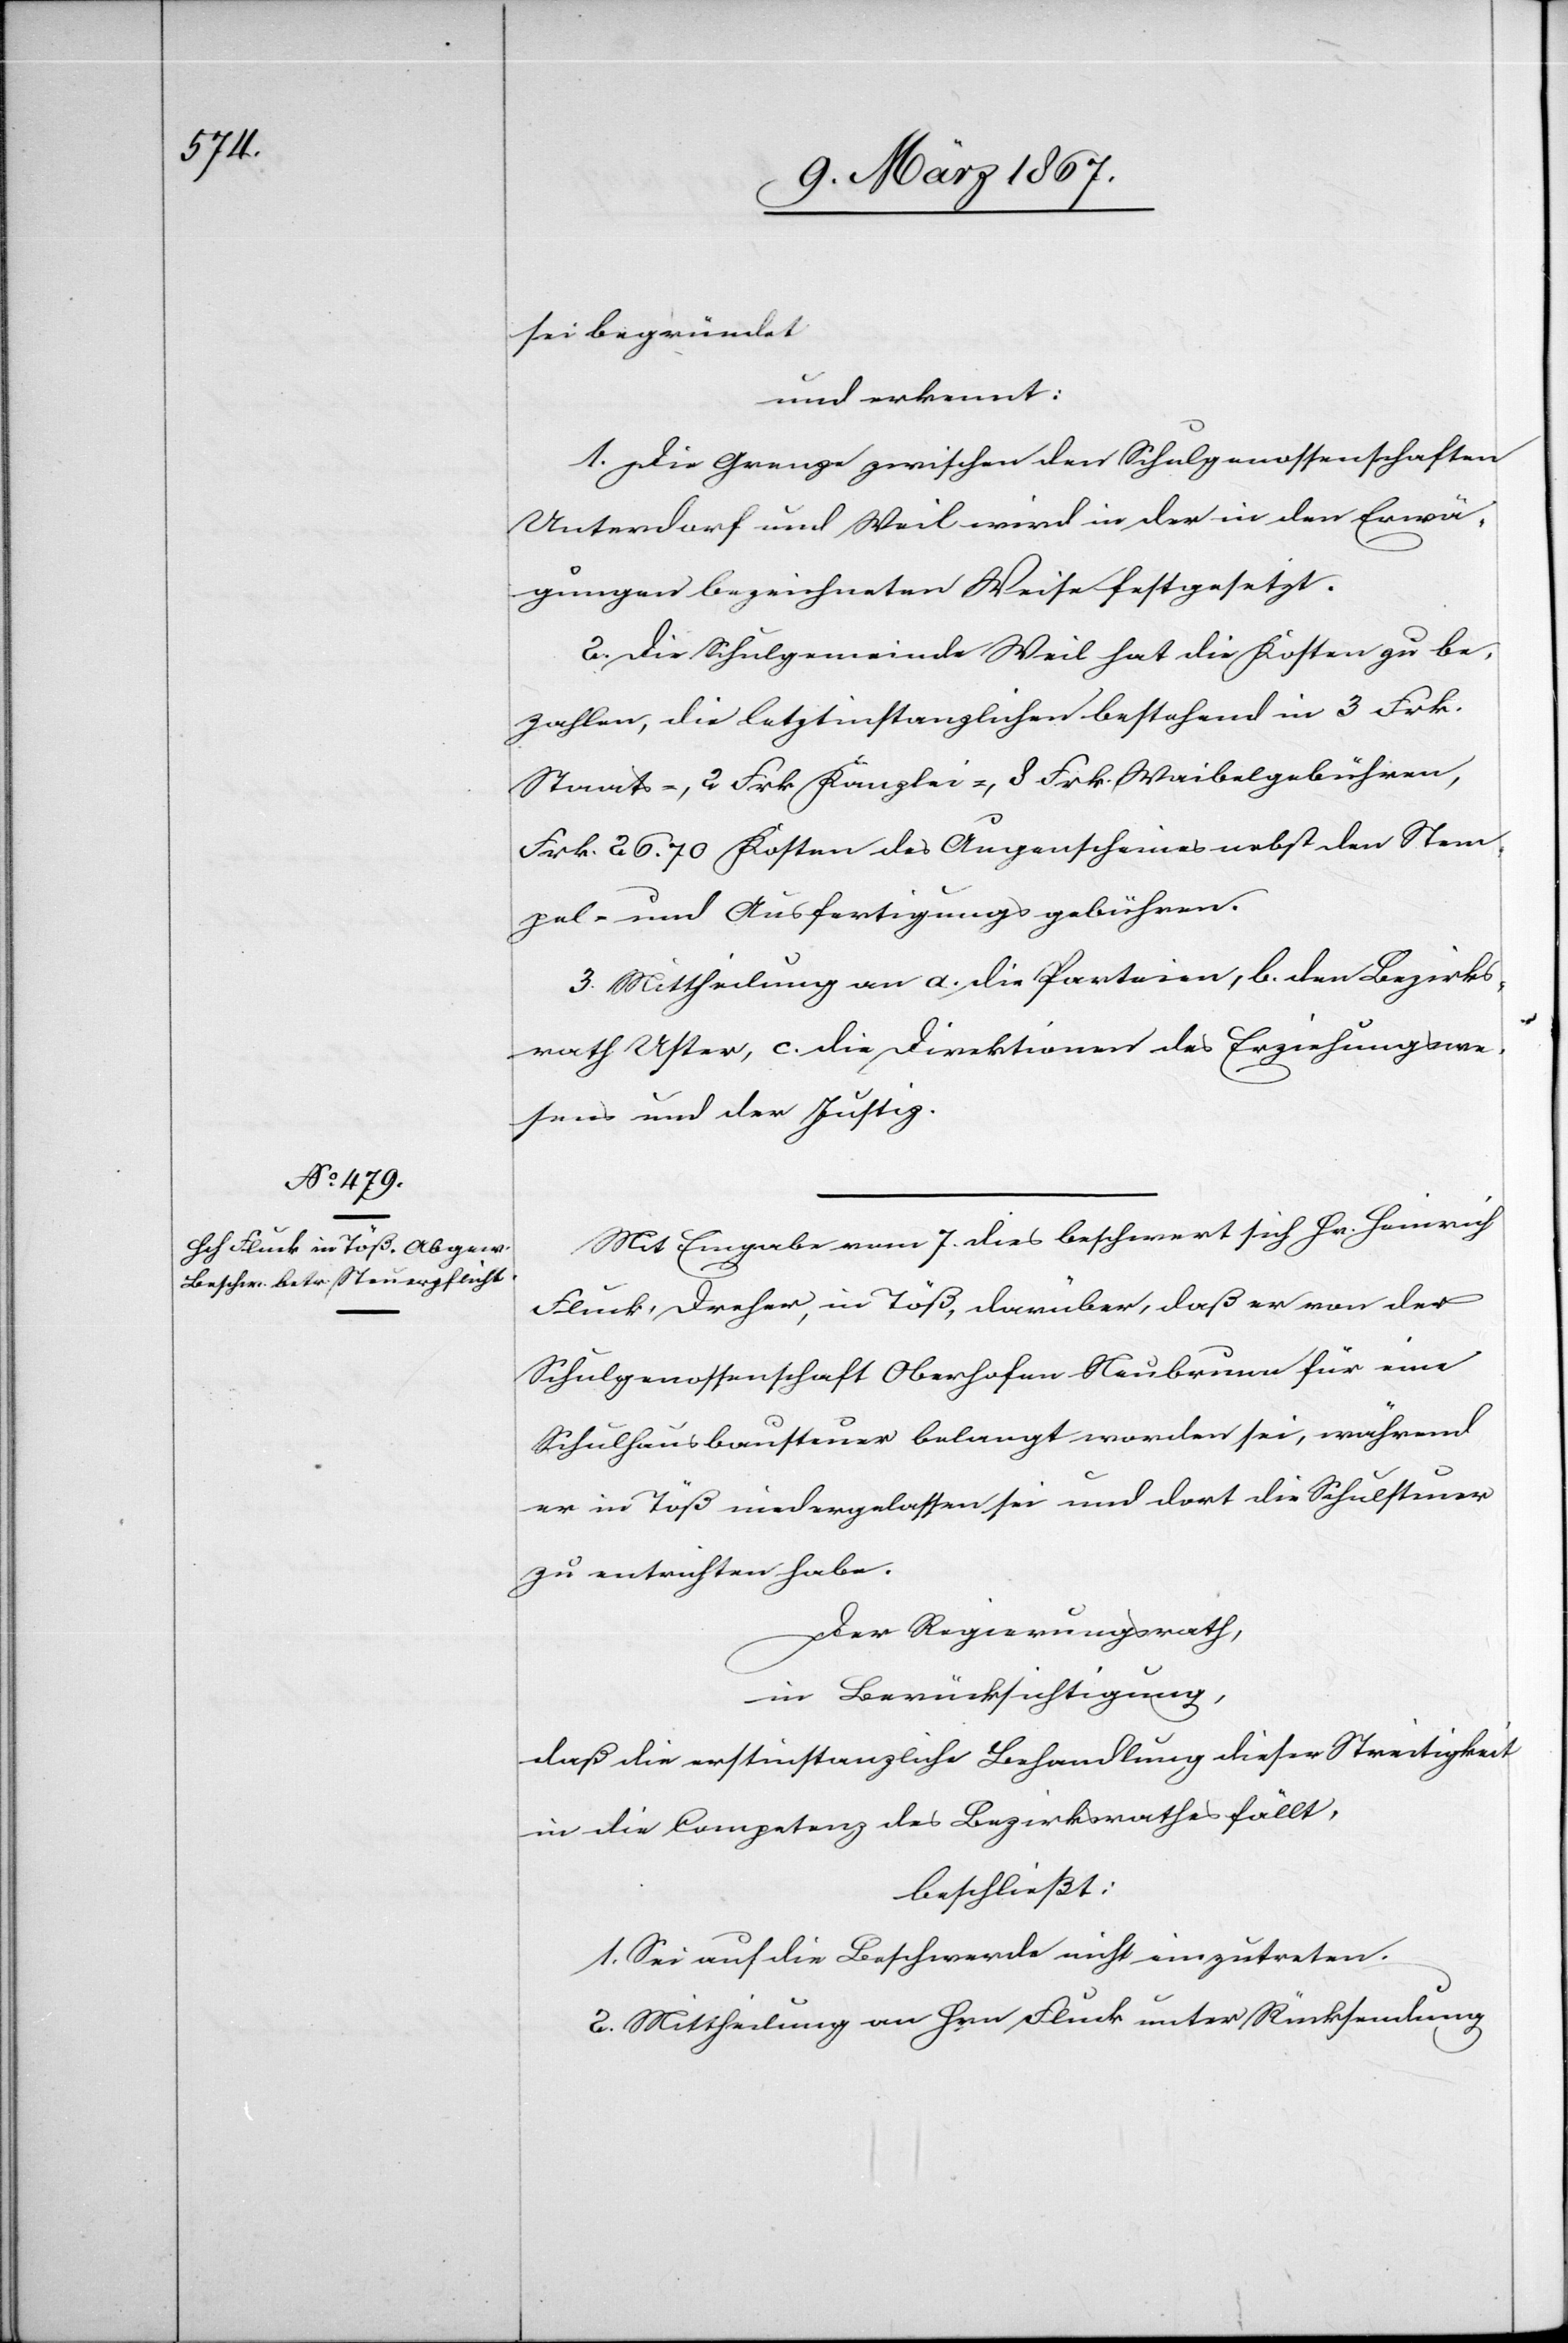
sei begründet.
und erkennt:
1. Die Grenze zwischen den Schulgenossenschaften
Unterdorf und Weil wird in der in den Erwä¬
gungen bezeichneten Weise festgesetzt.
2. Die Schulgemeinde Weil hat die Kosten zu be¬
zahlen, die letztinstanzlichen bestehend in 3 Frk.
Staats-, 2 Frk. Kanzlei-, 8 Frk. Waibelgebühren,
Frk. 26.70 Kosten des Augenscheines nebst den Stem¬
pel- und Ausfertigungsgebühren.
3. Mittheilung an a. die Parteien, b. den Bezirks¬
rath Uster, c. die Direktionen des Erziehungswe¬
sens und der Justiz.
Mit Eingabe vom 7. dies beschwert sich Hr. Heinrich
Fluck, Dreher, in Töß, darüber, daß er von der
Schulgenossenschaft Oberhofen Neubrunn für eine
Schulhausbaute belangt worden sei, während
er in Töß niedergelassen sei und dort die Schulsteuer
zu entrichten habe.
Der Regierungsrath,
in Berücksichtigung,
daß die erstinstanzliche Behandlung dieser Streitigkeit
in die Competenz des Bezirksrathes fällt,
beschließt:
1. Sei auf die Beschwerde nicht einzutreten.
2. Mittheilung an Hrn. Fluck unter Rücksendung